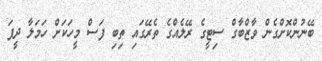
ބޭނުންކޮށްގެން ވާޒްބާގް ސިޓީގެ ރޭލެއްގެ ތެރޭގައި ތިބި ފަސް މީހަކަށް ހަމަލާ ދީފަ